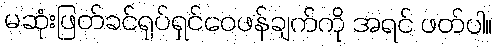
မဆုံးဖြတ်ခင်ရုပ်ရှင်ဝေဖန်ချက်ကို အရင် ဖတ်ပါ။